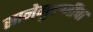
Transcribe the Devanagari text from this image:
सानेगुरुजींचा